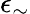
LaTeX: \epsilon_{\sim}